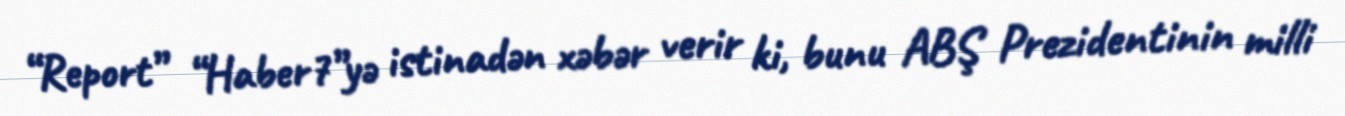
“Report” “Haber7”yə istinadən xəbər verir ki, bunu ABŞ Prezidentinin milli